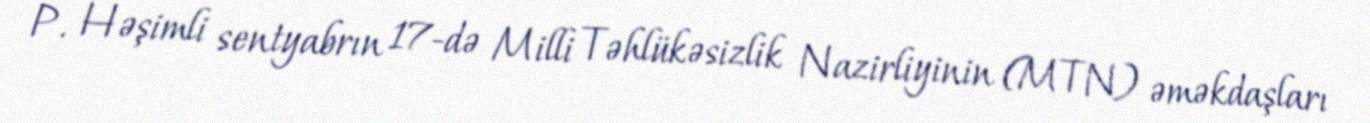
P. Həşimli sentyabrın 17-də Milli Təhlükəsizlik Nazirliyinin (MTN) əməkdaşları